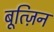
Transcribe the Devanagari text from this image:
बूत्ज़िन